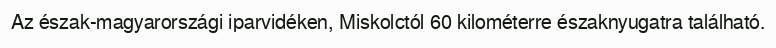
Az észak-magyarországi iparvidéken, Miskolctól 60 kilométerre északnyugatra található.